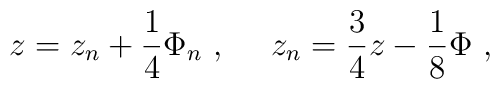
z = z_n + \frac{1}{4} \Phi_n \ , \ \ \ \ z_n = \frac{3}{4} z - \frac{1}{8} \Phi \ ,